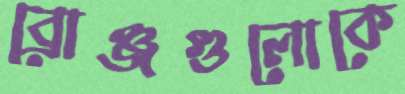
ব্রোঞ্জগুলোকে